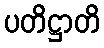
ပတိဋ္ဌာတိ